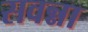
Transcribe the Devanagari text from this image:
सवन्ना